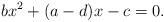
LaTeX: \begin{align*}bx^2+(a-d)x-c=0.\end{align*}